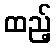
ထည့်